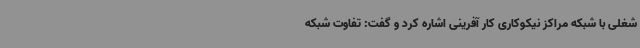
شغلی با شبکه مراکز نیکوکاری کار آفرینی اشاره کرد و گفت: تفاوت شبکه